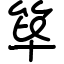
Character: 筚